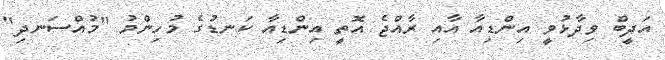
އަދީބް ވިދާޅުވީ އިންޑިއާ އާއި ރާއްޖެ އޮތީ އިންޑިއާ ކަނޑުގެ މުހިންމު "މުއްސަނދި"